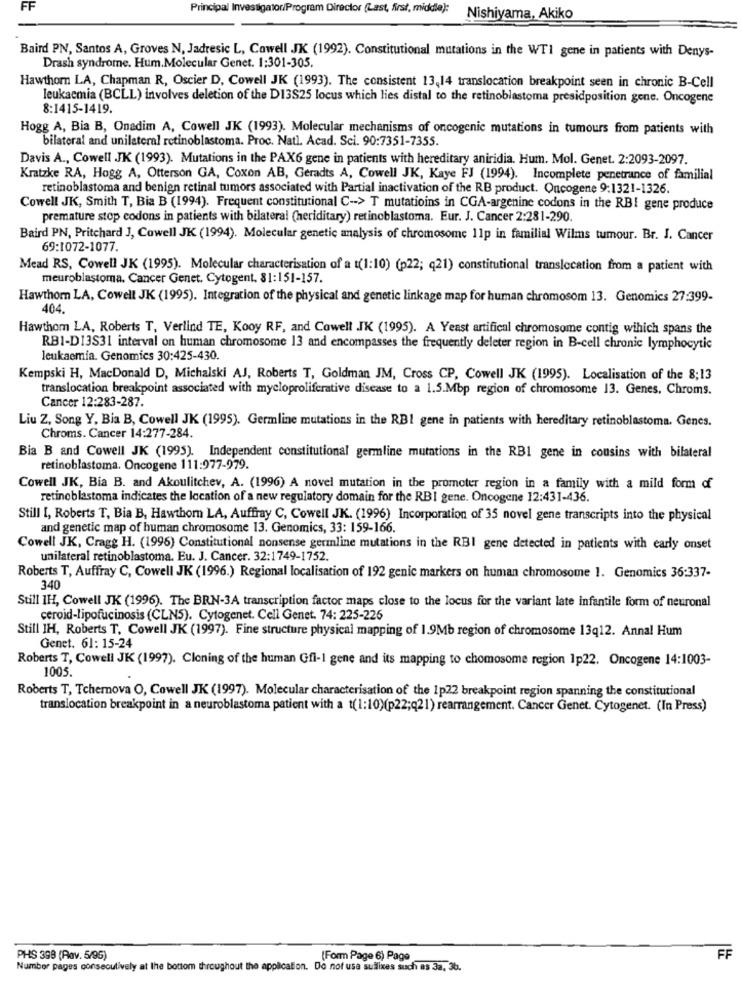
FF
Principal Investigator/Program Director (Last, Arsi, middle):
Nishiyama, Akiko
Baird PN, Santos A, Groves N, Jadresic L, Cowell JK (1992). Constitutional mutations in the WTI gene in patients with Denys-
Drash syndrome. Hum.Molecular Genet. 1:301-305.
Hawthom LA, Chapman R, Oscier D, Cowell JK (1993). The consistent 13,14 translocation breakpoint seen in chronic B-Cell
leukaemia (BCLL) involves deletion of the D13S25 locus which lies distal to the retinoblastoma presidposition gene. Oncogene
8:1415-1419.
Hogg A, Bia B, Onadim A, Cowell JK (1993). Molecular mechanisms of oncogenic mutations in tumours from patients with
bilateral and unilateral retinoblastoma. Proc. Natl. Acad. Sci. 90:7351-7355.
Davis A ., Cowell JK (1993). Mutations in the PAX6 gene in patients with hereditary aniridia. Hum. Mol. Genet. 2:2093-2097.
Kratzke RA, Hogg A, Otterson GA, Coxon AB, Geradts A, Cowell JK, Kaye FJ (1994). Incomplete penetrance of familial
retinoblastoma and benign retinal tumors associated with Partial inactivation of the RB product. Oncogene 9:1321-1326.
Cowell JK, Smith T, Bia B (1994). Frequent constitutional C -- > T mutatioins in CGA-argenine codons in the RBI gene produce
premature stop codons in patients with bilateral (heriditary) retinoblastoma. Eur. J. Cancer 2:281-290.
Baird PN, Pritchard J, Cowell JK (1994). Molecular genetic analysis of chromosome 11p in familial Wilms tumour. Br. J. Cancer
69:1072-1077.
Mead RS, Cowell JK (1995). Molecular characterisation of a t(1:10) (p22; q21) constitutional translocation from a patient with
meuroblastoma. Cancer Genet. Cytogent. 81:151-157.
Hawthorn LA, Cowell JK (1995). Integration of the physical and genetic linkage map for human chromosom 13. Genomics 27:399-
404.
Hawthom LA, Roberts T, Verlind TE, Kooy RF, and Cowell JK (1995). A Yeast artifical chromosome contig wihich spans the
RB1-D13S31 interval on human chromosome 13 and encompasses the frequently deleter region in B-cell chronic lymphocytic
leukaemia. Genomics 30:425-430.
Kempski H, MacDonald D, Michalski AJ, Roberts T, Goldman JM, Cross CP, Cowell JK (1995). Localisation of the 8;13
translocation breakpoint associated with mycloproliferative disease to a 1.5.Mbp region of chromosome 13. Genes. Chroms.
Cancer 12:283-287.
Liu Z, Song Y, Bia B, Cowell JK (1995). Germline mutations in the RBI gene in patients with hereditary retinoblastoma. Genes.
Chroms. Cancer 14:277-284.
Bia B and Cowell JK (1995). Independent constitutional germline mutations in the RBI gene in cousins with bilateral
retinoblastoma. Oncogene 111:977-979.
Cowell JK, Bia B. and Akoulitchev, A. (1996) A novel mutation in the promoter region in a family with a mild form of
retinoblastoma indicates the location of a new regulatory domain for the RBI gene. Oncogene 12:431-436.
Still [, Roberts T, Bia B, Hawthorn LA, Auffray C, Cowell JK. (1996) Incorporation of 35 novel gene transcripts into the physical
and genetic map of human chromosome 13. Genomics, 33: 159-166.
Cowell JK, Cragg H. (1996) Constitutional nonsense germline mutations in the RBI gene detected in patients with early onset
unilateral retinoblastoma. Eu. J. Cancer. 32:1749-1752.
Roberts T, Auffray C, Cowell JK (1996.) Regional localisation of 192 genic markers on human chromosome 1. Genomics 36:337-
340
Still IH, Cowell JK (1996). The BRN-3A transcription factor maps close to the locus for the variant late infantile form of neuronal
ceroid-lipofucinosis (CLN5). Cytogenet. Cell Genet. 74: 225-226
Still IH, Roberts T. Cowell JK (1997). Fine structure physical mapping of 1.9Mb region of chromosome 13q12. Annal Hum
Genet. 61: 15-24
Roberts T, Cowell JK (1997). Cloning of the human Gfi-1 gene and its mapping to chomosome region 1p22. Oncogene 14:1003-
1005.
Roberts T, Tchernova O, Cowell JK (1997). Molecular characterisation of the 1p22 breakpoint region spanning the constitutional
translocation breakpoint in a neuroblastoma patient with a 1(1:10)(p22;q21) rearrangement. Cancer Genet. Cytogenet. (In Press)
PHS 398 (Rav. 5/95)
(Form Page 6) Page
FF
Number pages consecutively at the bottom throughout the application. Do not use suilixes such as 3a, 3b.